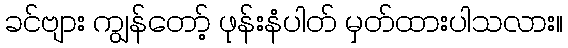
ခင်ဗျား ကျွန်တော့် ဖုန်းနံပါတ် မှတ်ထားပါသလား။